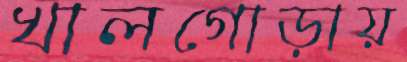
খালগোড়ায়